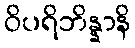
ဝိပရိဘိန္နာနိ